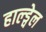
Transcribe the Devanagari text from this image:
हाल्ड्वेल